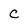
Character: C